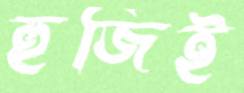
হুজিই